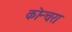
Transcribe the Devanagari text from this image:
कोन्चरा